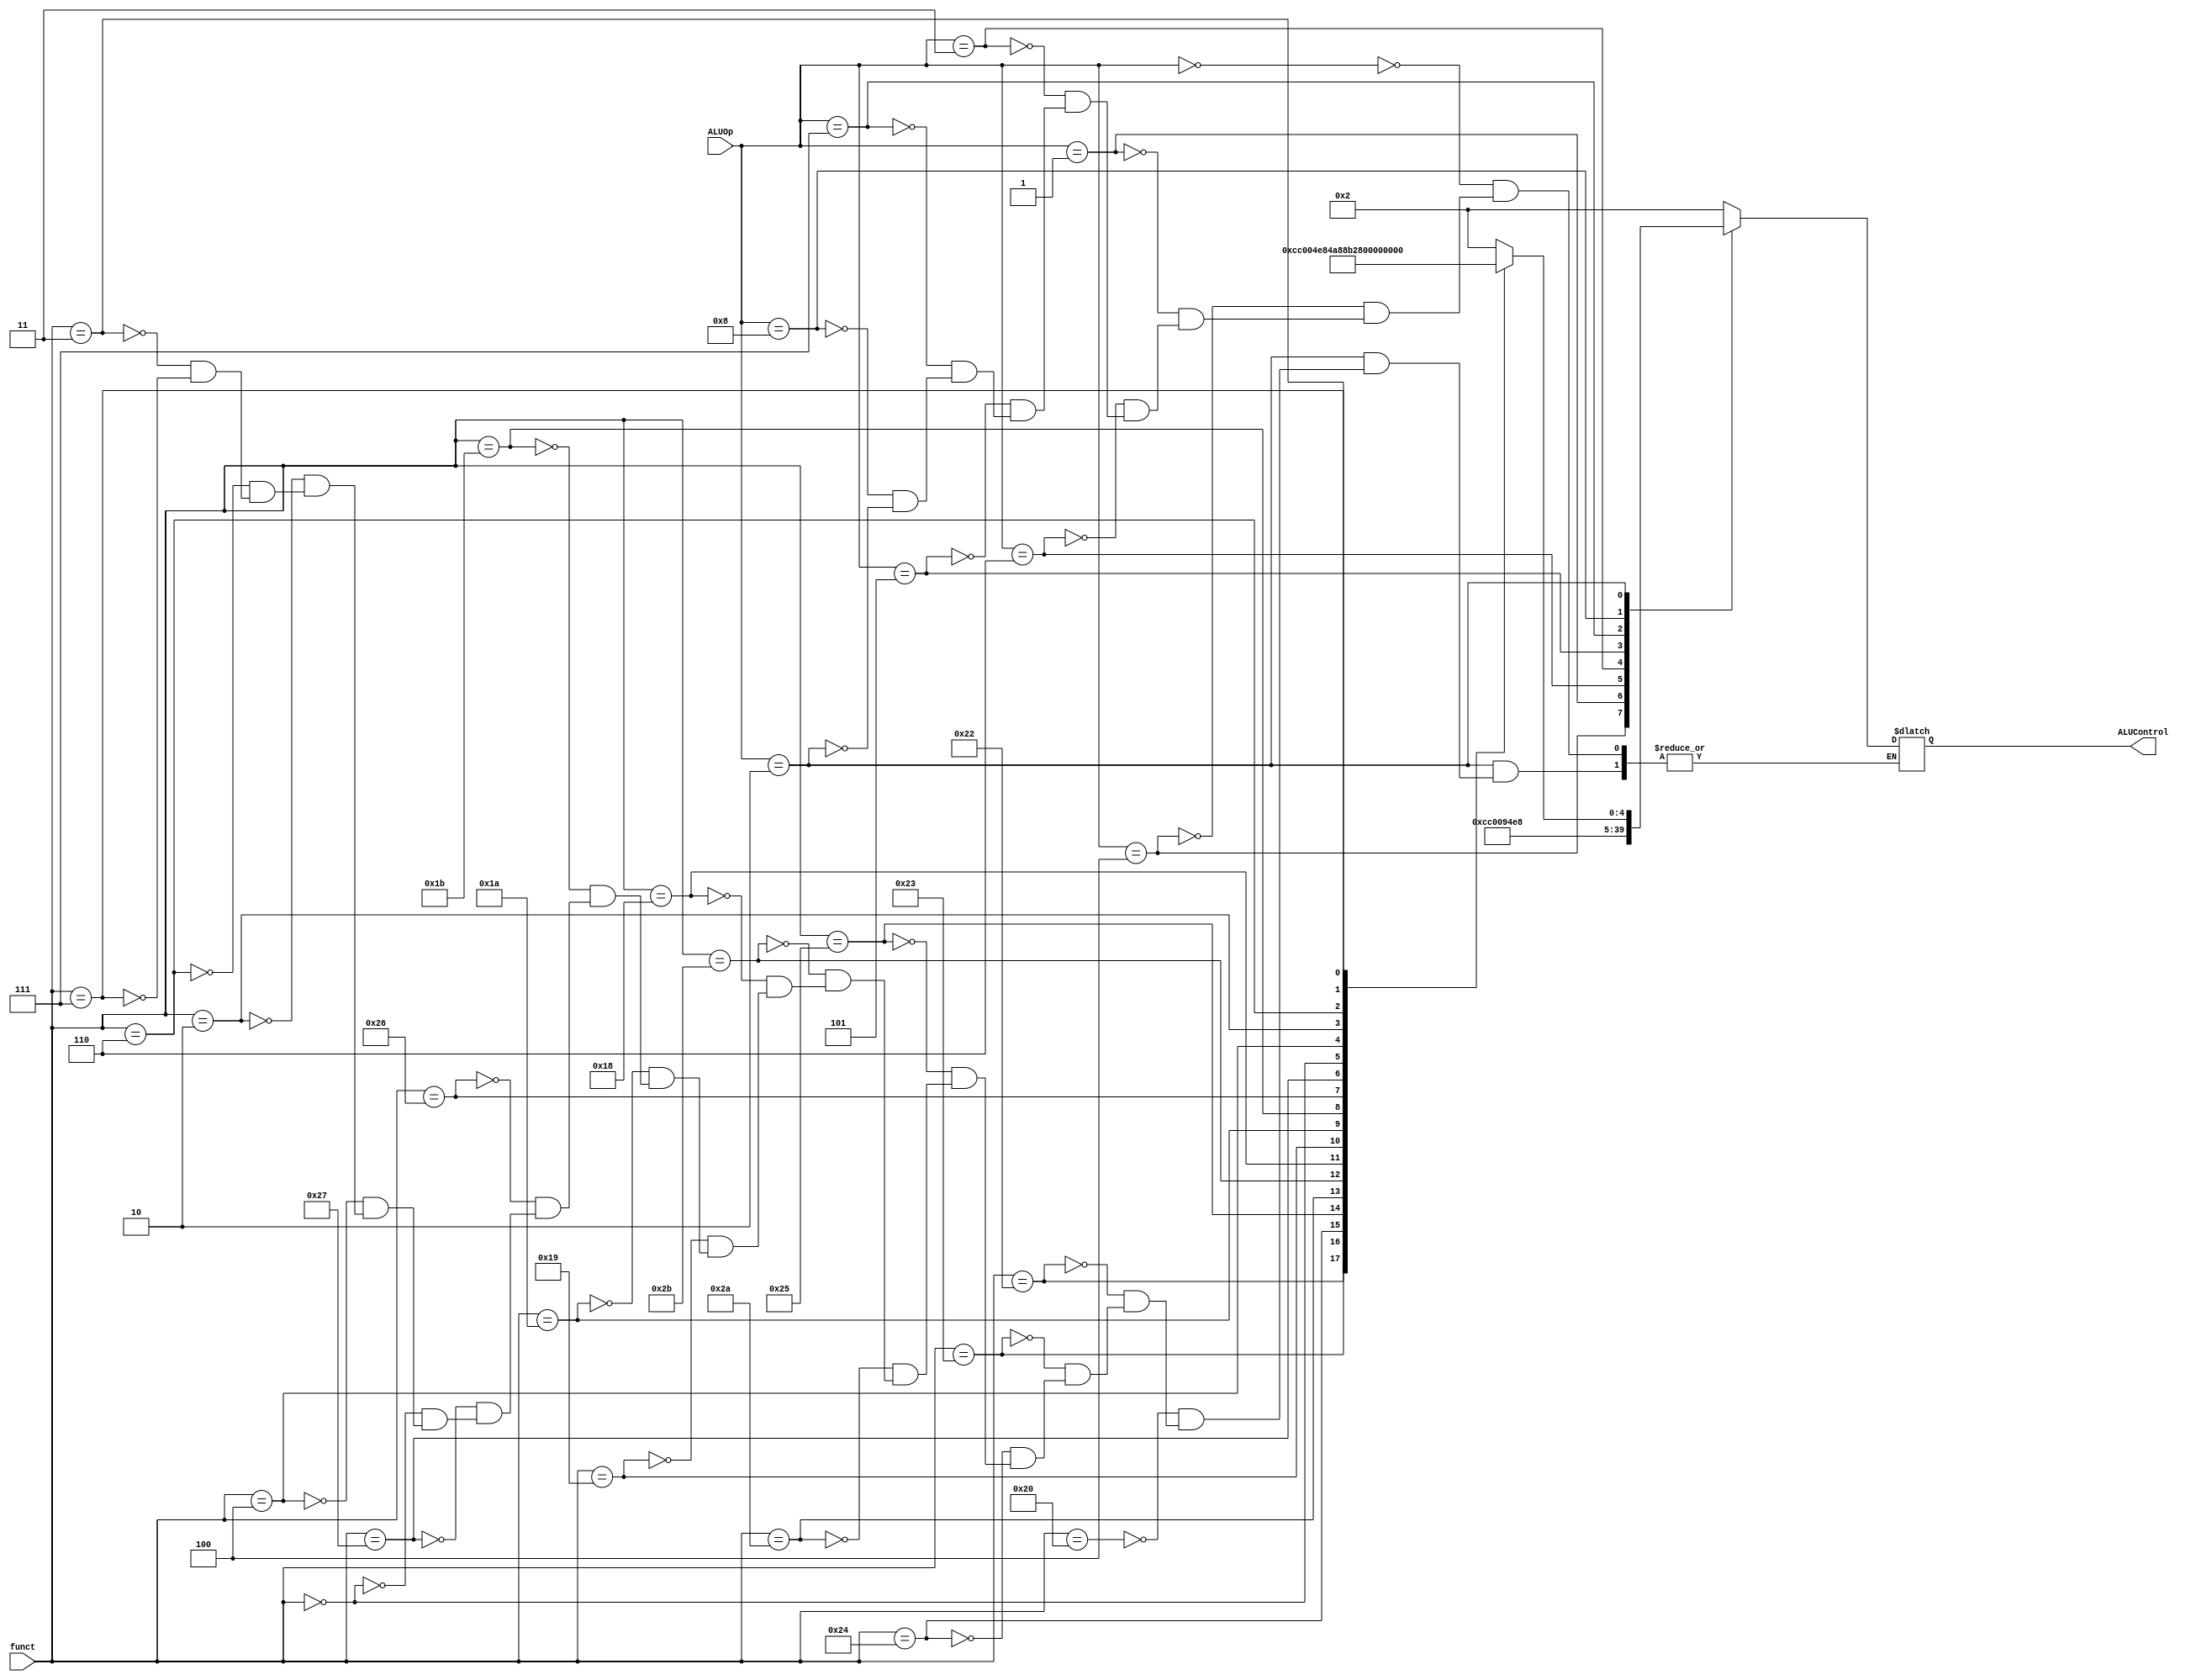
module ALU_control(funct,ALUOp,ALUControl);

    output wire [4:0] ALUControl;

    input [5:0] funct;
    input [3:0] ALUOp;

    reg[4:0] _ALUControl;
    always @(funct or ALUOp)
    begin
    case(ALUOp)

        4'b0000://add
        begin
            _ALUControl = 5'b00010;
        end

        4'b0100://addu
        begin
            _ALUControl = 5'b00011;
        end    

        4'b0001://sub
        begin
            _ALUControl = 5'b00110;
        end

        4'b0110://and
        begin
            _ALUControl = 5'b00000;
        end

        4'b0011://or
        begin
            _ALUControl = 5'b00001;
        end

        4'b0101://xor
        begin
            _ALUControl = 5'b00101;
        end

        4'b0111://slt
        begin
            _ALUControl = 5'b00111;
        end

        4'b1000://sltu
        begin
            _ALUControl = 5'b01000;
        end

        4'b0010://R-type
        begin
            case(funct)
                6'b100000://add
                begin
                    _ALUControl = 5'b00010;//add
                end

                6'b100010://sub
                begin
                    _ALUControl = 5'b00110;//sub
                end

                6'b100011://subu
                begin
                    _ALUControl = 5'b01100;//subu
                end

                6'b100100://and
                begin
                    _ALUControl = 5'b00000;//and
                end

                6'b100101://or
                begin
                    _ALUControl = 5'b00001;//or
                end

                6'b101010://R:slt
                begin
                    _ALUControl = 5'b00111;//slt
                end

                6'b101011://R:sltu
                begin
                    _ALUControl = 5'b01000;//sltu
                end

                6'b011000://R:mult
                begin
                    _ALUControl = 5'b01001;//mult
                end

                6'b011001://R:multu
                begin
                    _ALUControl = 5'b01010;//multu
                end

                6'b011010://R:div
                begin
                    _ALUControl = 5'b00100;//div
                end

                6'b011011://R:divu
                begin
                    _ALUControl = 5'b01011;//divu
                end

                6'b100110://xor
                begin
                    _ALUControl = 5'b00101;
                end

                6'b100111://nor
                begin
                    _ALUControl = 5'b01101;
                end

                6'b000000://sll(shamt)
                begin
                    _ALUControl = 5'b01110;
                end

                6'b000100://sllv
                begin
                    _ALUControl = 5'b01111;
                end

                6'b000010://srl
                begin
                    _ALUControl = 5'b10000;
                end

                6'b000110://srlv
                begin
                    _ALUControl = 5'b10001;
                end

                6'b000011://sra
                begin
                    _ALUControl = 5'b10010;
                end

                6'b000111://srav
                begin
                    _ALUControl = 5'b10011;
                end
            endcase
        end

    endcase

    end

    assign ALUControl = _ALUControl;
endmodule